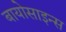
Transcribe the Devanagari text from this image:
बायोसाइन्स